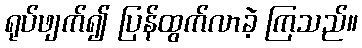
ရုပ်ဖျက်၍ ပြန်ထွက်လာခဲ့ ကြသည်။